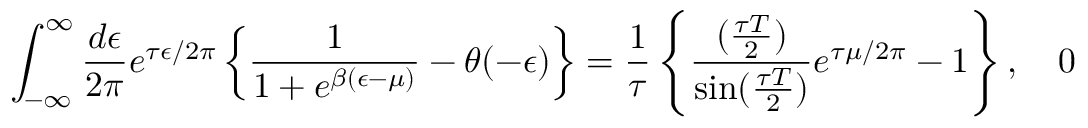
\int _ { - \infty } ^ { \infty } { \frac { d \epsilon } { 2 \pi } } e ^ { \tau \epsilon / 2 \pi } \left\{ { \frac { 1 } { 1 + e ^ { \beta ( \epsilon - \mu ) } } } - \theta ( - \epsilon ) \right\} = { \frac { 1 } { \tau } } \left\{ { \frac { ( { \frac { \tau T } { 2 } } ) } { \sin ( { \frac { \tau T } { 2 } } ) } } e ^ { \tau \mu / 2 \pi } - 1 \right\} , \quad 0